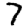
Digit: 7